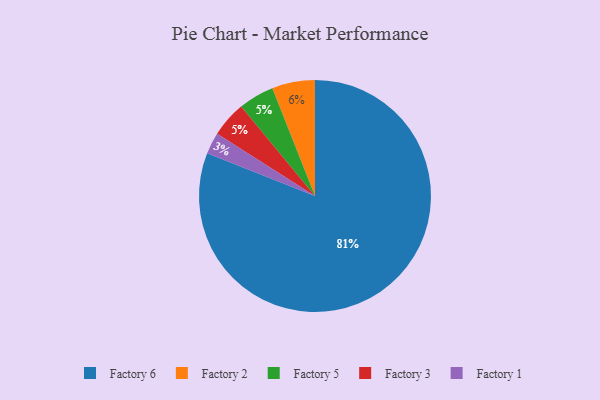
{"axis": {"x": "Category", "y": "Percentage"}, "legend": ["Factory 1", "Factory 2", "Factory 3", "Factory 5", "Factory 6"], "data": [{"x": "Factory 5", "y": 5, "type": "Factory 5"}, {"x": "Factory 1", "y": 3, "type": "Factory 1"}, {"x": "Factory 2", "y": 6, "type": "Factory 2"}, {"x": "Factory 3", "y": 5, "type": "Factory 3"}, {"x": "Factory 6", "y": 81, "type": "Factory 6"}]}